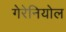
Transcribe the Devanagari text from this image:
गेरेनियोल